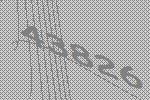
43826